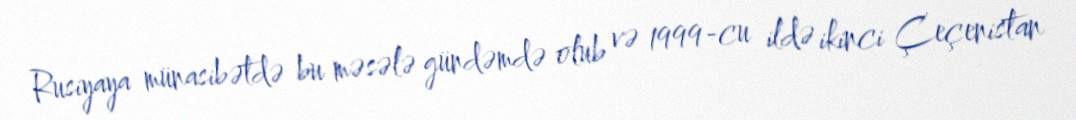
Rusiyaya münasibətdə bu məsələ gündəmdə olub və 1999-cu ildə ikinci Çeçenistan